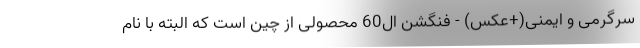
سرگرمی و ایمنی(+عکس) - فنگشن ال60 محصولی از چین است که البته با نام